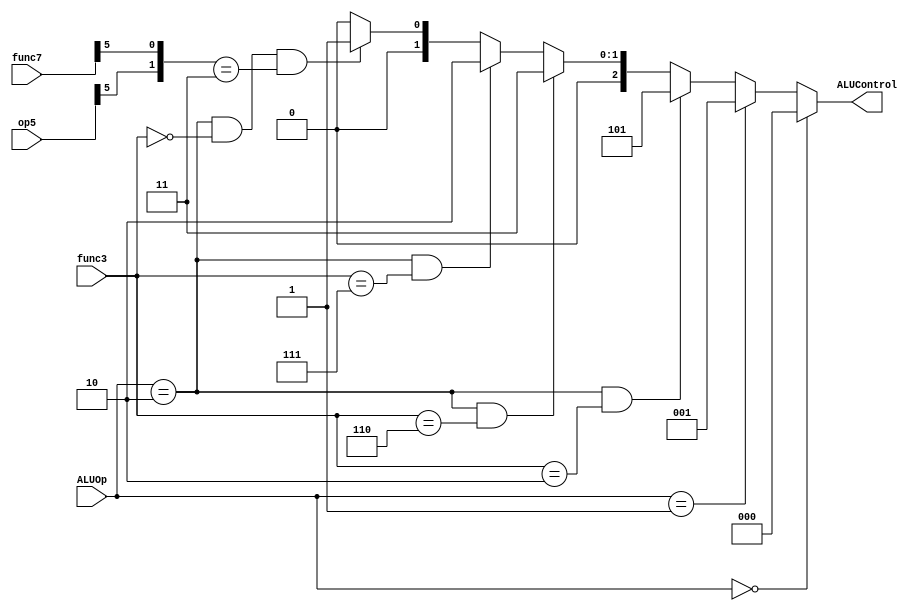
module Alu_decoder (func3, func7, ALUOp,ALUControl,op5);
    input [6:0] op5, func7;
    input [2:0] func3;
    input [1:0] ALUOp;
    output [2:0] ALUControl;

    //interim wire
    wire [1:0] concatenation;

    assign concatenation = {op5[5], func7[5]};
    
    assign ALUControl = (ALUOp == 2'b00) ? 3'b000 :
                        (ALUOp == 2'b01) ? 3'b001 :
                        ((ALUOp == 2'b10) & (func3 == 3'b010)) ? 3'b101 :
                        ((ALUOp == 2'b10) & (func3 == 3'b110)) ? 3'b011 :
                        ((ALUOp == 2'b10) & (func3 == 3'b111)) ? 3'b010 :
                        ((ALUOp == 2'b10) & (func3 == 3'b000) & (concatenation == 2'b11)) ? 3'b001 :
                        ((ALUOp == 2'b10) & (func3 == 3'b000) & (concatenation != 2'b11)) ? 3'b000: 3'b000;

                        //We use != for rest of the 2bit condition like 00,01,10,and skip 11 condition
endmodule